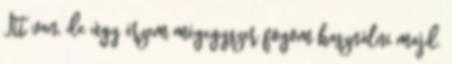
Itt van, de úgy érzem mégegyszer fogom használni majd.